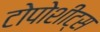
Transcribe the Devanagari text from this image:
टोपोशीट्स